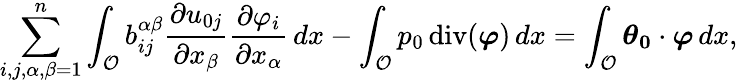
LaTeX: \begin{array}{r}{\displaystyle\sum_{i,j,\alpha,\beta=1}^{n}\int_{{\mathcal{O}}}b_{ij}^{\alpha\beta}\frac{\partial{u_{0j}}}{\partial x_{\beta}}\frac{\partial{\varphi}_{i}}{\partial x_{\alpha}}\, dx-\displaystyle\int_{{\mathcal{O}}}p_{0}\operatorname{div}(\boldsymbol\varphi)\, dx=\int_{{\mathcal{O}}}\boldsymbol{\boldsymbol{\theta}_{0}}\cdot\boldsymbol\varphi\, dx,}\end{array}